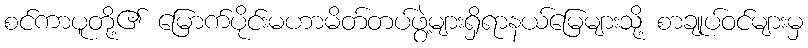
စင်ကာပူတို့၏ မြောက်ပိုင်းမဟာမိတ်တပ်ဖွဲ့များရှိရာနယ်မြေများသို့ စာချုပ်ဝင်များမှ